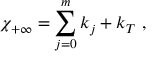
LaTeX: \chi _ { + \infty } = \sum _ { j = 0 } ^ { m } k _ { j } + k _ { T } ~ , ~ \,